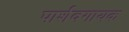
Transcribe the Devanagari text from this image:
पार्शवगायक